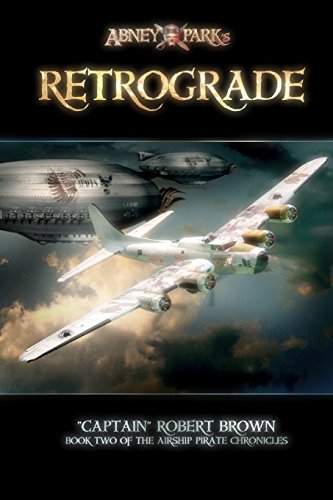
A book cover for Retrograde: (pre-release for editing purposes only) (The Airship Pirate Chronicals) (Volume 2); Robert Brown; Teen & Young Adult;